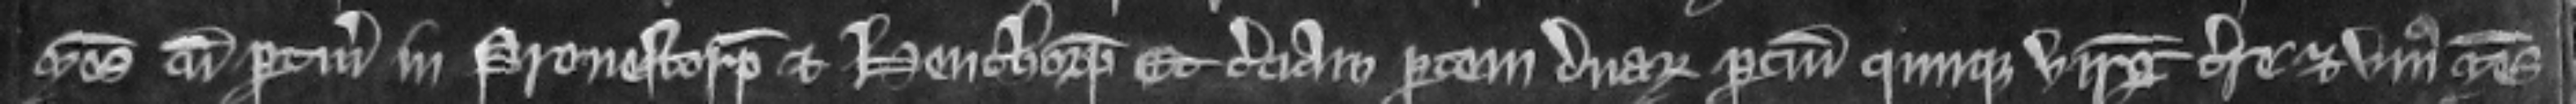
mesuagii cum pertinenciis in Prenestorp et Heuthorp et terciam partem duarum parcium quinque virgatarum terre et unius mesuagii